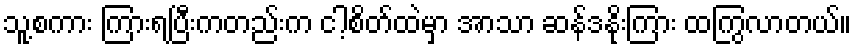
သူ့စကား ကြားရပြီးကတည်းက ငါ့စိတ်ထဲမှာ အာသာ ဆန်ဒနိုးကြား ထကြွလာတယ်။